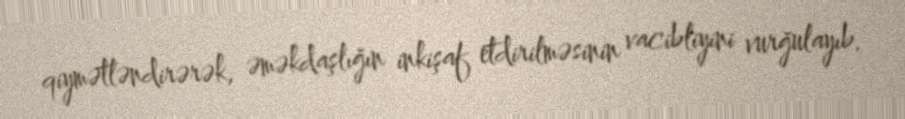
qiymətləndirərək, əməkdaşlığın inkişaf etdirilməsinin vacibliyini vurğulayıb.